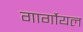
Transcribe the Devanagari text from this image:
गार्गोयल